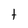
Character: t